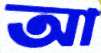
আ